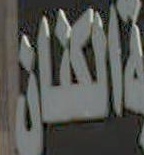
الهان